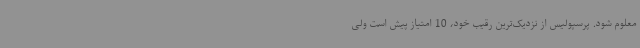
معلوم شود. پرسپولیس از نزدیک‌ترین رقیب خود، 10 امتیاز پیش است ولی